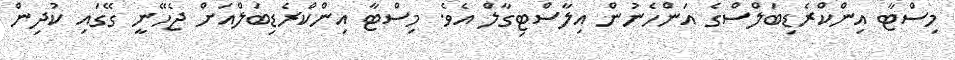
މިސްޓާ އިންކްރެޑިބަލްސްގެ އަންހެނުން އިލާސްޓިގާލް އެވެ. މިސްޓާ އިންކްރެޑިބަލްއަށް ޖެހޭނީ ގޭގައި ކުދިން